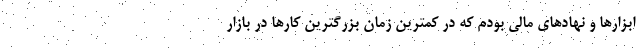
ابزارها و نهادهای مالی بودم که در کمترین زمان بزرگترین کارها در بازار